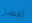
أفضل